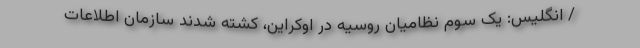
/ انگلیس: یک سوم نظامیان روسیه در اوکراین، کشته شدند سازمان اطلاعات